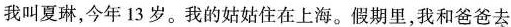
我叫夏琳,今年 13 岁。我的姑姑住在上海。假期里，我和爸爸去